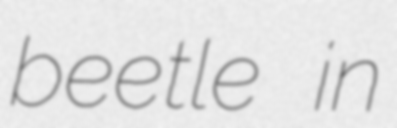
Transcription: beetle in